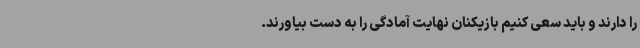
را دارند و باید سعی کنیم بازیکنان نهایت آمادگی را به دست بیاورند.